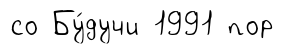
со Бу́дучи 1991 пор